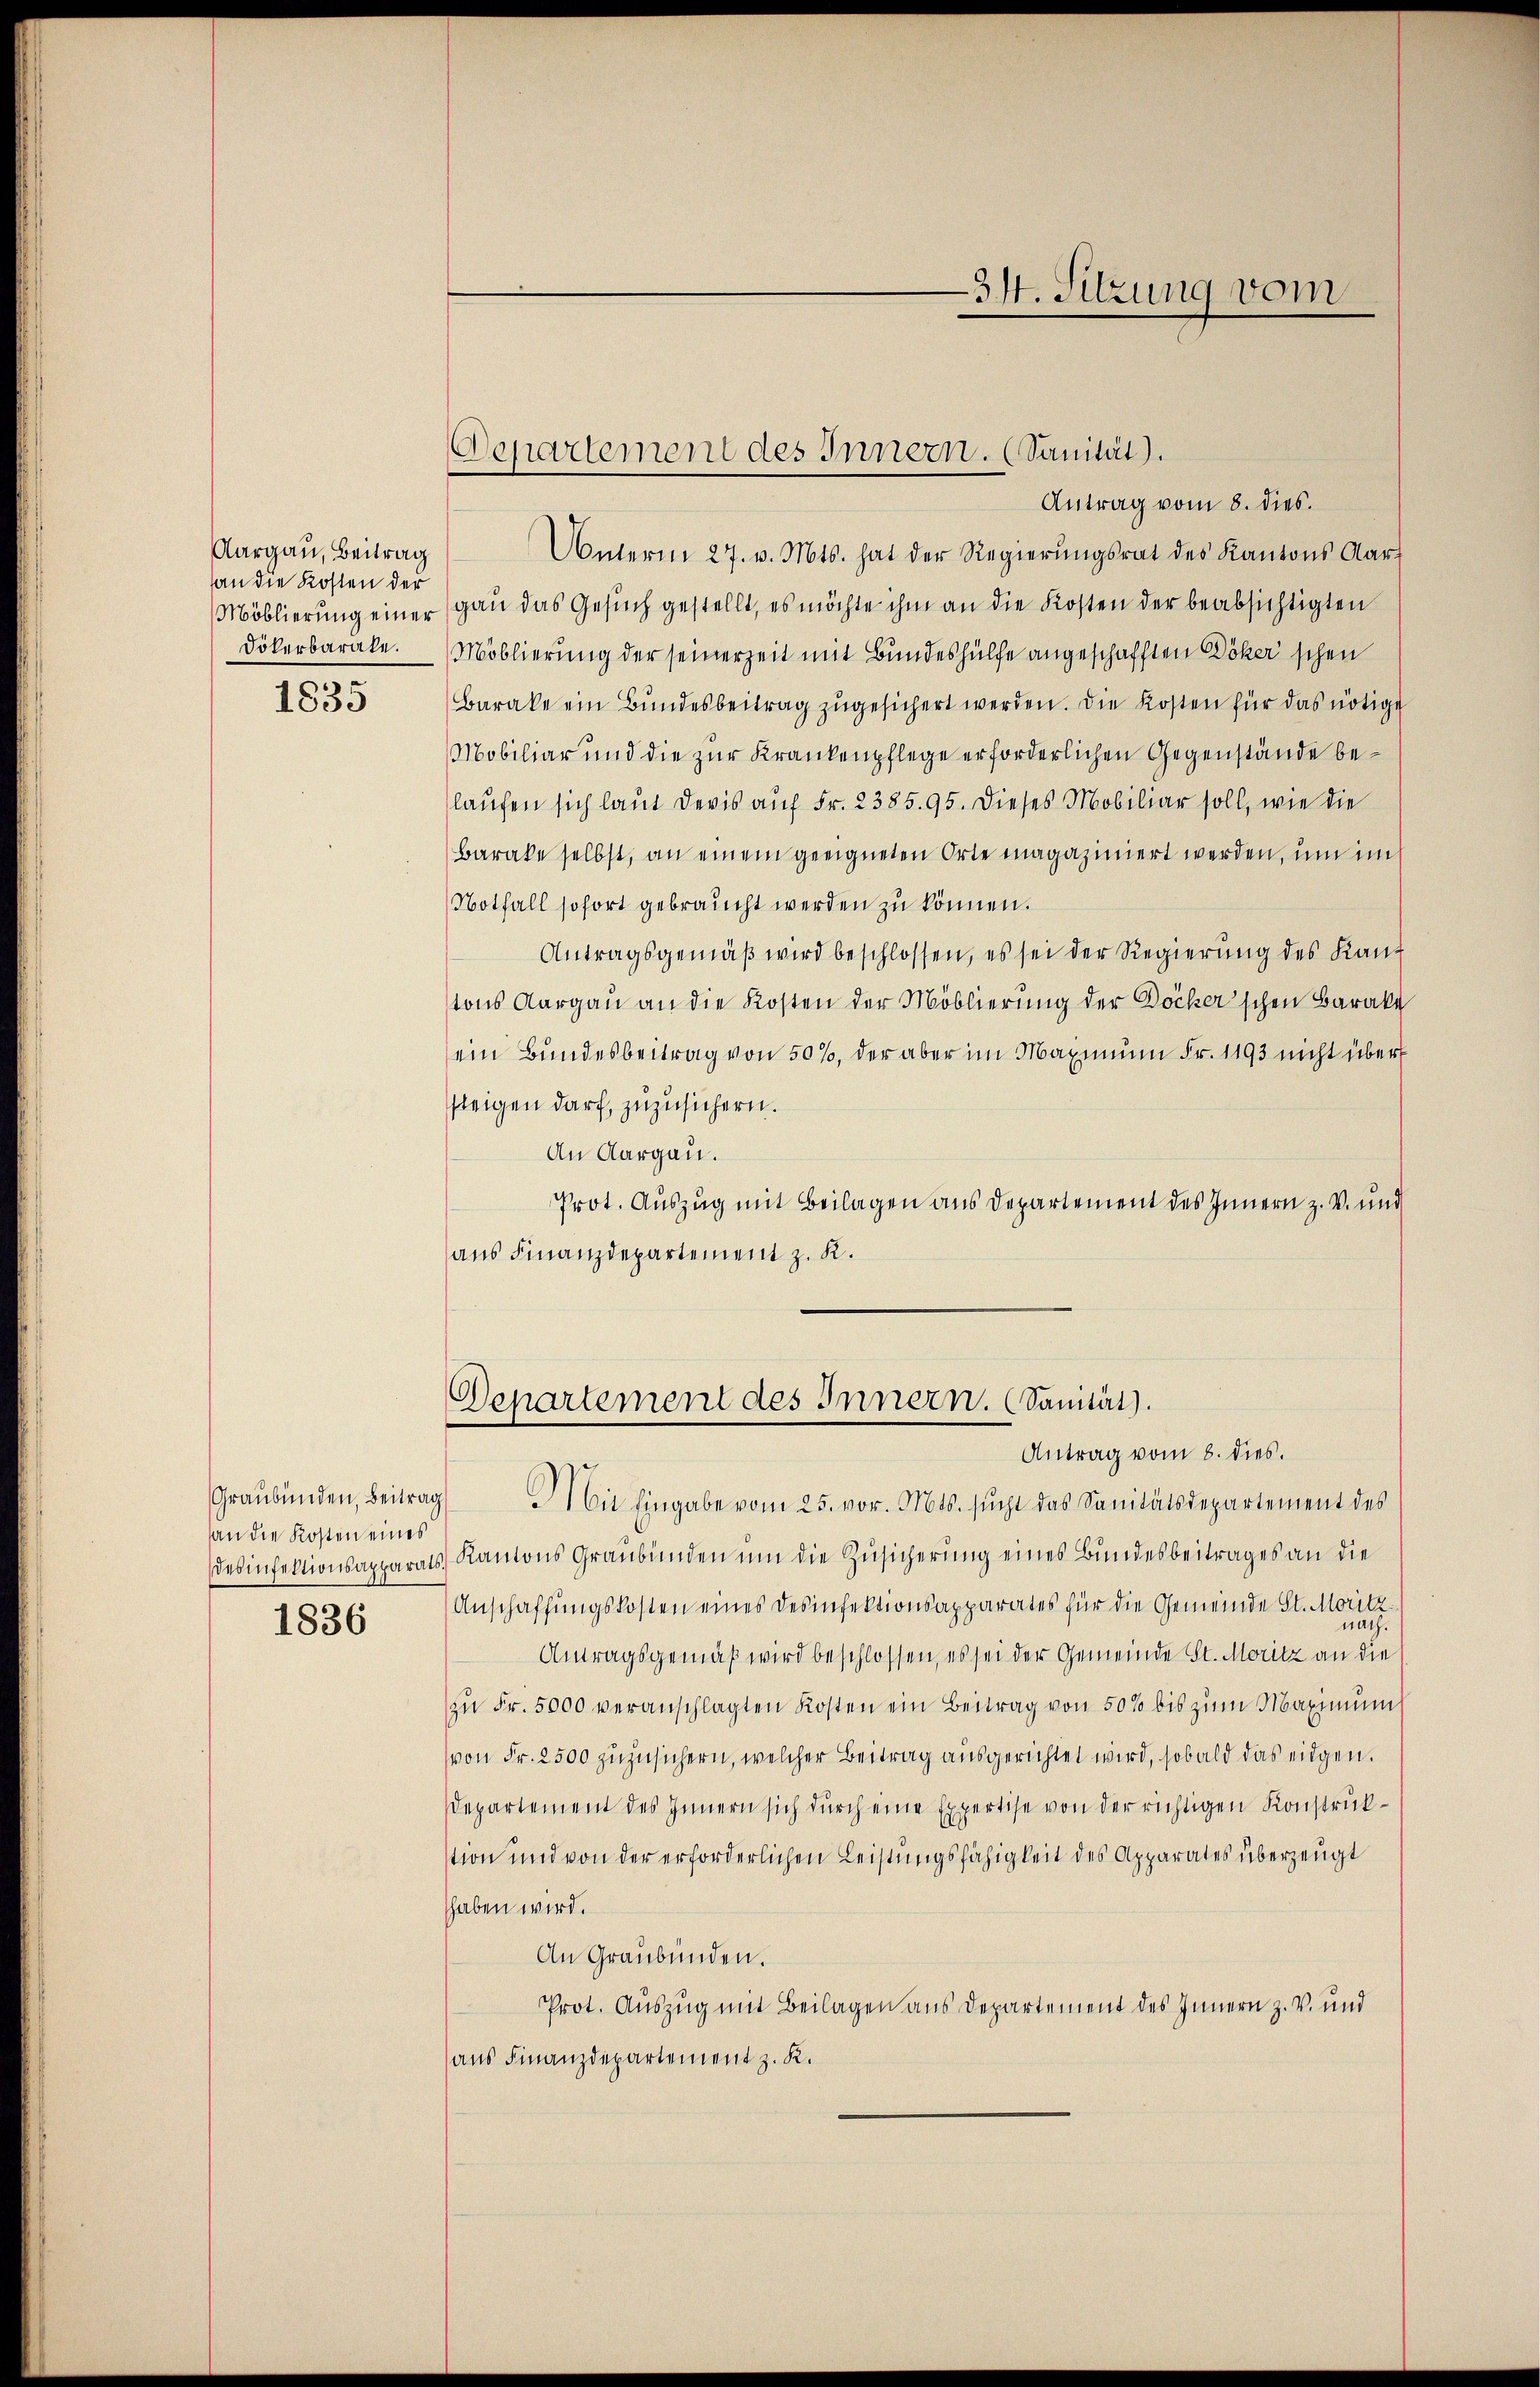
Aargau, Beitrag
an die Kosten der
Dölerbarate.
1835

an die Kosten eines
1836

Antrag vom 8. dies.
Unterm 27. v. Mts. hat der Regierŭngsrat des Kantons Aar
Möblierung einer gan das Gesuch gestellt, es möchte ihm an die Kosten der beabsichtigten
Moblierung der seinerzeit mit Bundeshülfe angeschafften Döker'schen
Barake ein Bundesbeitrag zugesichert werden. Die Kosten für das nötige
Mobiliar und die zur Krankenpflege erforderlichen Gegenstände belaufen sich laut devis auf Fr. 2385. 95. Dieses Mobiliar soll, wie die
Barake selbst, an einem geeigneten Orte magaziniert werden, um im
Notfall sofort gebraucht werden zu können.
Antragsgemäβ wird beschlossen, es sei der Regierŭng des Kant
tons Aargau an die Kosten der Möblierung der Döcker'schen Barakt
ein Bundesbeitrag von 50%, der aber im Maximum Fr. 1193 nicht über
steigen darf, zuzusichern.
An Aargau.
Prot. Auszug mit Beilagen aus Departement des Innern z. V. und
aus Finanzdepartement z. R.

Departement des Innern. (Sanität).

34. Sitzung vom

Departement des Innern. (Sanität).
Antrag vom 8. dies.

Graubünden, Beitrag Mit Eingabe vom 25. vor. Mts. sŭcht das Sanitätsdepartement des
desinfektionsapparats Kantons Graubünden ŭm die Zusicherung eines Bundesbeitrages an die
Anschaffungskosten eines Desinfektionsapparates für die Gemeinde St. Moritz
Antragsgemäß wird beschlossen, es sei der Gemeinde St. Moritz an die
zŭ Fr. 5000 veranschlagten Kosten ein Beitrag von 50% bis zum Maximŭm
von Fr. 2500 zuzusichern, welcher Beitrag ausgerichtet wird, sobald das eidgen.
Departement des Innern sich durch eine Expertise von der richtigen Konstrukstion und von der erforderlichen Leistungsfähigkeit des Apparates überzeugt
haben wird.
An Graubünden.
Prot. Auszug mit Beilagen aus Departement des Innern z. v. und
aus Finanzdepartement z. K.